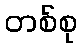
တစ်စု